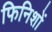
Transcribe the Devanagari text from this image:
फिनिशों